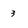
Character: 3